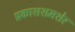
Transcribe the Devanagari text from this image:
प्रकाशशमशेर